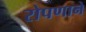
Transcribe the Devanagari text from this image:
रोपणाने